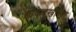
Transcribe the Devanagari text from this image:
डोकेदुखीच्या